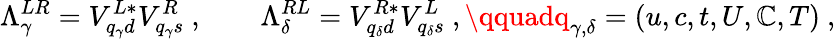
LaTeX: \Lambda_{\gamma}^{LR}=V_{{q_{\gamma}}d}^{L*}V_{{q_{\gamma}}s}^{R}\ ,\qquad\Lambda_{\delta}^{RL}=V_{{q_{\delta}}d}^{R*}V_{{q_{\delta}}s}^{L}\ ,\qquadq_{\gamma,\delta}=(u,c,t,U,\mathbb{C},T)\ ,